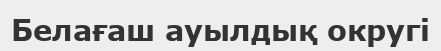
Белағаш ауылдық округі